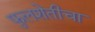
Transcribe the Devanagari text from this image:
फुलशेतीचा